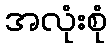
အလုံးစုံ